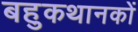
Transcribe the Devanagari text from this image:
बहुकथानकों